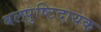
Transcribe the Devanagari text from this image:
बलपुष्टिदायक